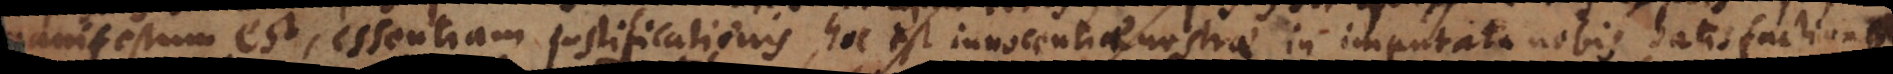
manifestum est essentiam justificationis, hoc est innocentiae nostrae in imputata nobis satisfactione